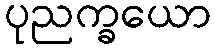
ပုညက္ခယော